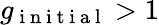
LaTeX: g_{\mathrm{~i~n~i~t~i~a~l~}}>1